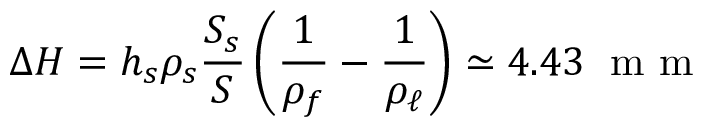
\Delta H = h _ { s } \rho _ { s } \frac { S _ { s } } { S } \left( \frac 1 { \rho _ { f } } - \frac { 1 } { \rho _ { \ell } } \right) \simeq 4 . 4 3 \; \mathrm { ~ m ~ m ~ }